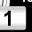
Digit: 1